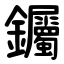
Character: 钃